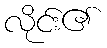
လိုင်း၏